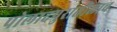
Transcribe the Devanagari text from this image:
पोलादपुरातीलाच